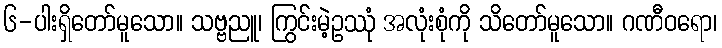
၆-ပါးရှိတော်မူသော။ သဗ္ဗညူ၊ ကြွင်းမဲ့ဥဿုံ အလုံးစုံကို သိတော်မူသော။ ဂဏီဝရော၊